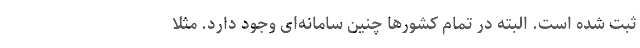
ثبت شده است. البته در تمام کشور‌ها چنین سامانه‌ای وجود دارد. مثلا